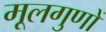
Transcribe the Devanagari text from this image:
मूलगुणों